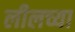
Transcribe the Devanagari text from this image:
लीलच्या